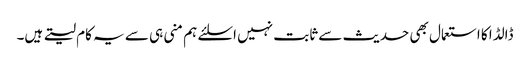
ڈالڈا کا استعمال بھی حدیث سے ثابت نہیں اسلئے ہم منی ہی سے یہ کام لیتے ہیں۔